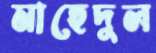
মাহেদুল